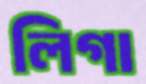
লিগা